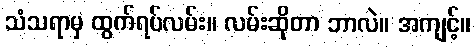
သံသရာမှ ထွက်ရပ်လမ်း။ လမ်းဆိုတာ ဘာလဲ။ အကျင့်။